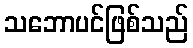
သဘောပင်ဖြစ်သည်